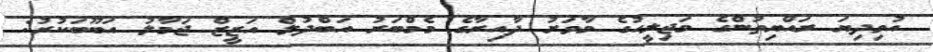
އުވިދިޔަ ރައްޔިތުންގެ މަޖިލީހުގެ މާވަށު ދާއިރާގެ މެމްބަރު އަބްދުލް އަޒީޒް ޖަމާލު އަބޫބަކުރު: